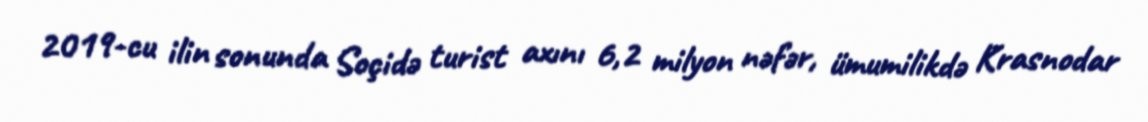
2019-cu ilin sonunda Soçidə turist axını 6,2 milyon nəfər, ümumilikdə Krasnodar